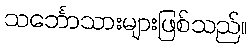
သင်္ဘောသားများဖြစ်သည်။